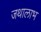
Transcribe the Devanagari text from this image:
जथालाभ